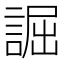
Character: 誳